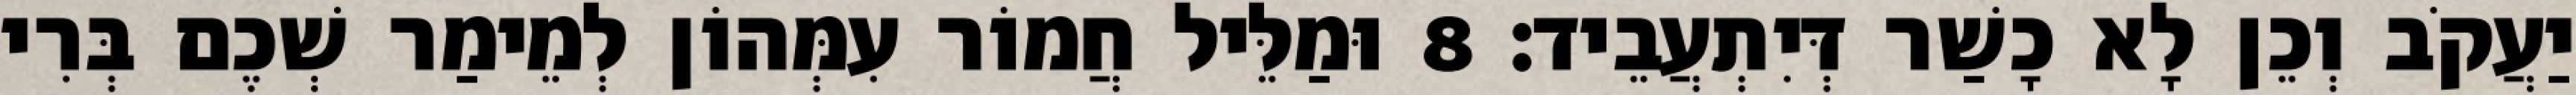
יַעֲקֹב וְכֵן לָא כָשַׁר דְּיִתְעֲבֵיד׃ 8 וּמַלֵּיל חֲמוֹר עִמְּהוֹן לְמֵימַר שְׁכֶם בְּרִי